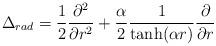
LaTeX: \begin{align*}\Delta_{rad} = \frac{1}{2}\frac{\partial^2}{\partial r^2}+\frac{\alpha}{2}\frac{1}{\tanh(\alpha r)}\frac{\partial}{\partial r}\end{align*}